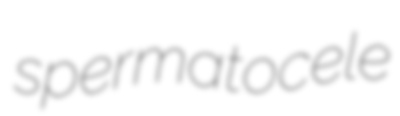
spermatocele